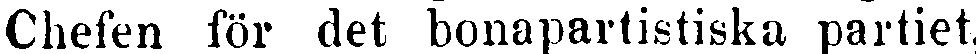
Chefen för det bonapartistiska partiet,